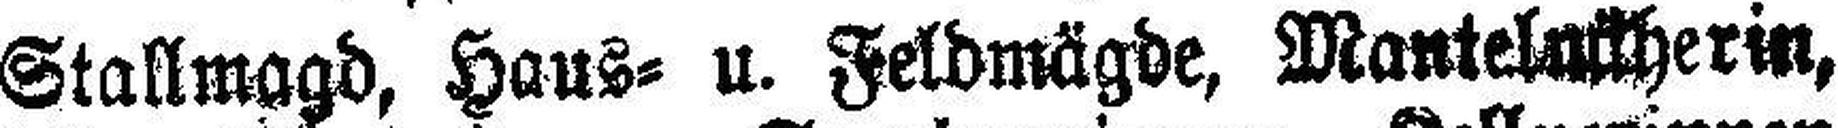
Stallmagd, Haus= u. Feldmägde, Manteluttherin,